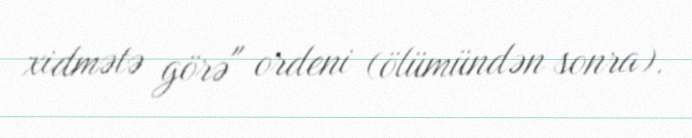
xidmətə görə" ordeni (ölümündən sonra).